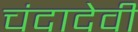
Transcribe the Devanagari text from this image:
चंदादेवी